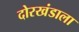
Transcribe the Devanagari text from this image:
दोरखंडाला